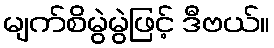
မျက်စိမွဲမွဲဖြင့် ဒီဗယ်။